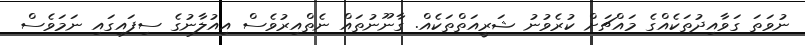
ނުވަތަ ގަވާއިދުތަކެއްގެ މައްޗަށް ކުރެވުނު ޝަރީއަތްތަކެއް. ގާނޫނުތައް ނެތްއިރުވެސް އިއުލާނުގެ ސިފައިގައި ނަމަވެސް